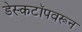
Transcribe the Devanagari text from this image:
डेस्कटॉपवरून